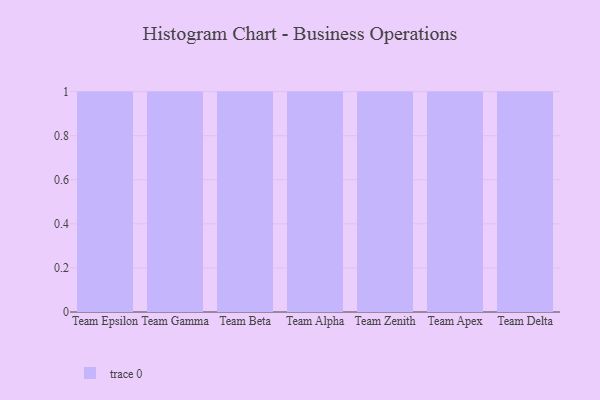
{"axis": {"x": "Team", "y": "Tickets Resolved"}, "legend": [""], "data": [{"x": "Team Epsilon", "y": 25, "type": ""}, {"x": "Team Gamma", "y": 29, "type": ""}, {"x": "Team Beta", "y": 89, "type": ""}, {"x": "Team Alpha", "y": 44, "type": ""}, {"x": "Team Zenith", "y": 75, "type": ""}, {"x": "Team Apex", "y": 12, "type": ""}, {"x": "Team Delta", "y": 20, "type": ""}]}